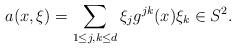
LaTeX: \begin{align*}a(x,\xi) = \sum_{1\leq j,k \leq d} \xi_j g^{jk}(x) \xi_k \in S^{2}.\end{align*}